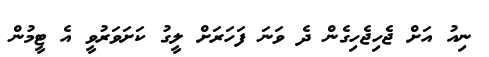
ނިއު އަށް ޖެހިޖެހިގެން ދެ ވަނަ ފަހަރަށް ލީގު ކަށަވަރުވީ އެ ޓީމުން